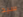
سيد